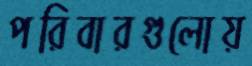
পরিবারগুলোয়